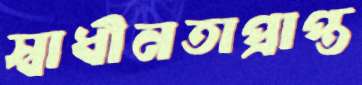
স্বাধীনতাপ্রাপ্ত